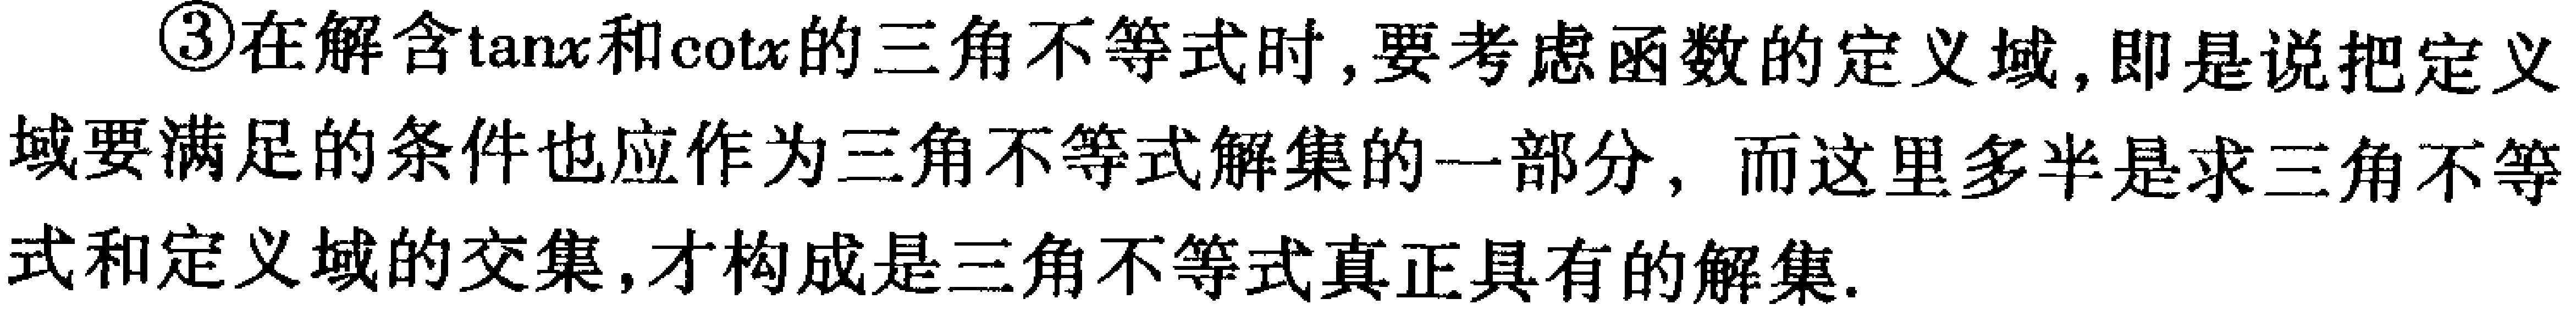
\textcircled{3}在解含\(\tan x\)和\(\cot x\)的三角不等式时,要考虑函数的定义域,即是说把定义域要满足的条件也应作为三角不等式解集的一部分，而这里多半是求三角不等式和定义域的交集,才构成是三角不等式真正具有的解集.